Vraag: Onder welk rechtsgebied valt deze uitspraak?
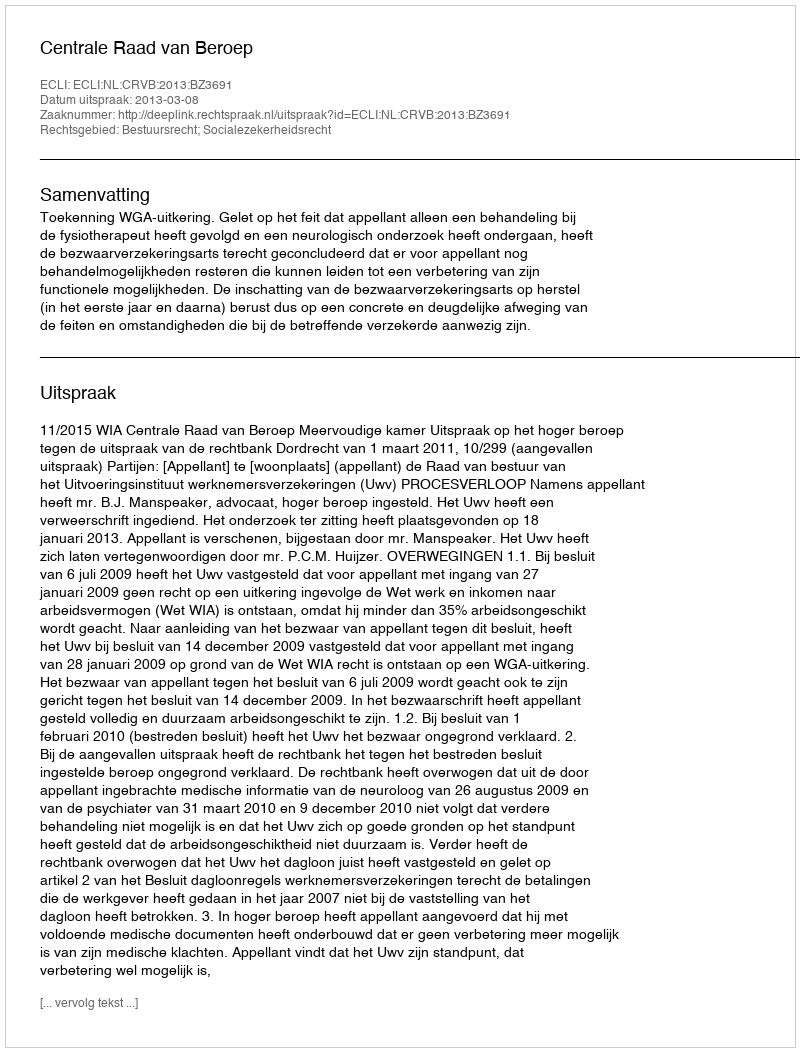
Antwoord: Bestuursrecht; Socialezekerheidsrecht